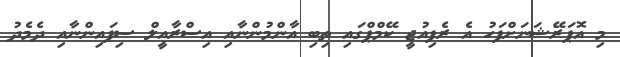
މި އޮޕަރޭޝަނަށްފަހު އެ ރެފިއުޖީ ކޭމްޕްގައި ތިބި އާންމުންނާއި އިސްރާއީލް ސިފައިންނާއި ދެމެދު